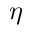
\boldsymbol { \eta }